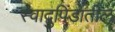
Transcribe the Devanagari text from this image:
स्वादुपिंडातील